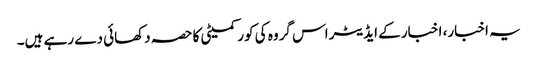
یہ اخبار، اخبار کے ایڈیٹر اس گروہ کی کور کمیٹی کا حصہ دکھائی دے رہے ہیں۔